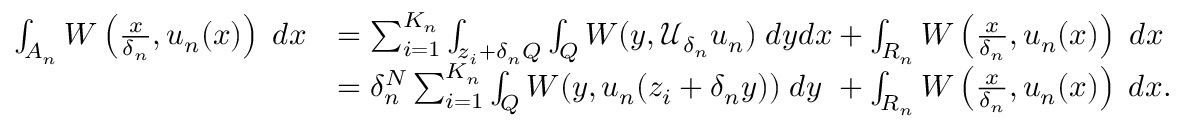
\begin{array} { r l } { \int _ { A _ { n } } { W \left( \frac { x } { \delta _ { n } } , u _ { n } ( x ) \right) \; d x } } & { = \sum _ { i = 1 } ^ { K _ { n } } \int _ { z _ { i } + \delta _ { n } Q } \int _ { Q } W ( y , \mathcal { U } _ { \delta _ { n } } u _ { n } ) \; d y d x + \int _ { R _ { n } } { W \left( \frac { x } { \delta _ { n } } , u _ { n } ( x ) \right) \; d x } } \\ & { = \delta _ { n } ^ { N } \sum _ { i = 1 } ^ { K _ { n } } \int _ { Q } W ( y , u _ { n } ( z _ { i } + \delta _ { n } y ) ) \; d y \ + \int _ { R _ { n } } { W \left( \frac { x } { \delta _ { n } } , u _ { n } ( x ) \right) \; d x } . } \end{array}